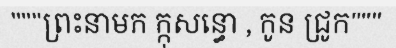
"""ព្រះនាមក ក្កុសន្ធោ , កូន ជ្រូក"""